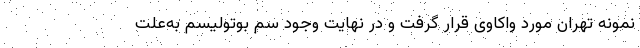
نمونه تهران مورد واکاوی قرار گرفت و در نهایت وجود سم بوتولیسم به‌علت